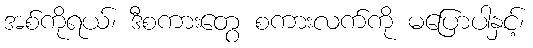
အစ်ကိုရယ်၊ ဒီစကားတွေ စကားလက်ကို မပြောပါနှင့်၊